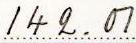
142.01